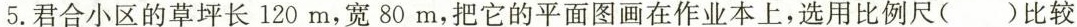
5.君合小区的草坪长120m，宽80m，把它的平面图画在作业本上，选用比例尺( )比较